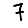
Digit: 7